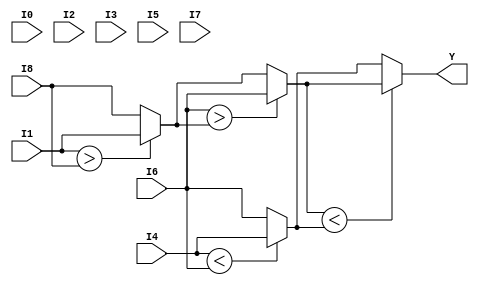
module cf(
  input I0, I1, I2, I3, I4, I5, I6, I7, I8,
  output reg Y);
  
  reg y9, y10, y11, y12, y13, y14, y15, y16, y17;
  
  always@(I1 or I8) begin
    if(I1>I8)
      y9=I1;
    else
      y9=I8;
  end
  
  always@(I4 or I6) begin
    if(I4<I6)
      y10=I4;
    else
      y10=I6;
  end
  
  always@(I6 or y9) begin
    if(I6>y9)
      y12=I6;
    else
      y12=y9;
  end
  
  always@(y12 or y13) begin
    if(y12<y13)
      y15=y12;
    else
      y15=y13;
  end
  
  always@(y13 or y14) begin
    if(y13<y14)
      y16=y13;
    else
      y16=y14;
  end
  
  always@(I8 or y11) begin
    if(I8<y11)
      y14=I8;
    else
      y14=y11;
  end
  
  always@(I3 or y14) begin
    if(I3<y14)
      y17=I3;
    else
      y17=y14;
  end
  
  always@(I2 or I6) begin
    if(1)
      y11=I2;
    else
      y11=I6;
  end
  
  always@(y10 or y11) begin
    if(1)
      y13=y10;
    else
      y13=y11;
  end
  
  always@(*) begin
    Y<=y15;
  end
endmodule


//Testbench
module tb();
  reg I0, I1, I2, I3, I4, I5, I6, I7, I8;
  wire Y;
  cf dut(I0, I1, I2, I3, I4, I5, I6, I7, I8,Y);
  initial begin
    $monitor("@time %3d : when input is %b %b %b %b %b %b %b %b %b output is %b",$time,I0,I1,I2,I3,I4,I5,I6,I7,I8,Y);
    #5 
    I0=0;
    I1=1;
    I2=0;
    I3=1;
    I4=0;
    I5=1;
    I6=0;
    I7=1;
    I8=1;
    
    #10
    I0=1;
    I1=1;
    I2=0;
    I3=1;
    I4=1;
    I5=1;
    I6=0;
    I7=0;
    I8=1;
    $finish;
  end
endmodule